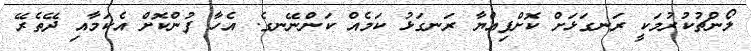
ލޯންޗުކުރުމަކީ ރަނގަޅަށް ކޮށްފިއްޔާ ރަނގަޅު ކަމެއް ކަންނޭނގެ. އެހާ ފުންކޮށް އެކަމާއި ދޭތެރޭ